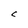
Character: C